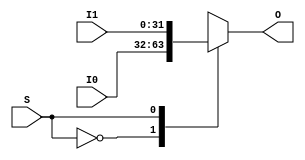
`ifndef _Mux2to1_32b
`define _Mux2to1_32b

module Mux2to1_32b(
    input wire S,
    input wire [31:0] I0,
    input wire [31:0] I1,
    output reg [31:0] O
);

    always @ * begin
        case (S)
            1'b0:
                O <= I0;
            1'b1:
                O <= I1;
            default: begin
                // exception
                O <= 0;
            end
        endcase
    end

endmodule

`endif